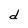
Character: d